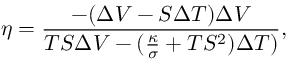
\eta = \frac { - ( \Delta V - S \Delta T ) \Delta V } { T S \Delta V - ( \frac { \kappa } { \sigma } + T S ^ { 2 } ) \Delta T ) } ,